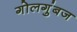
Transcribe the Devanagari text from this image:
गोलगुंबज